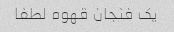
یک فنجان قهوه لطفا